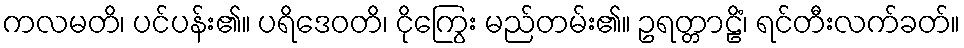
ကလမတိ၊ ပင်ပန်း၏။ ပရိဒေဝတိ၊ ငိုကြွေး မည်တမ်း၏။ ဥရတ္တာဠိံ၊ ရင်တီးလက်ခတ်။